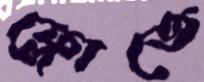
ফ্লোতে